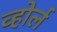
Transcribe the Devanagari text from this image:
व्होर्ल